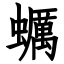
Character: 蠣